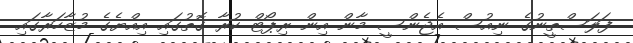
ފަލަސްތީނުގެ ނިއުސް އެޖެންސީ މާން އިން ރިޕޯޓް ކުރާ ގޮތުގައި އިއްޔެގެ މުޒާހަރާގައި